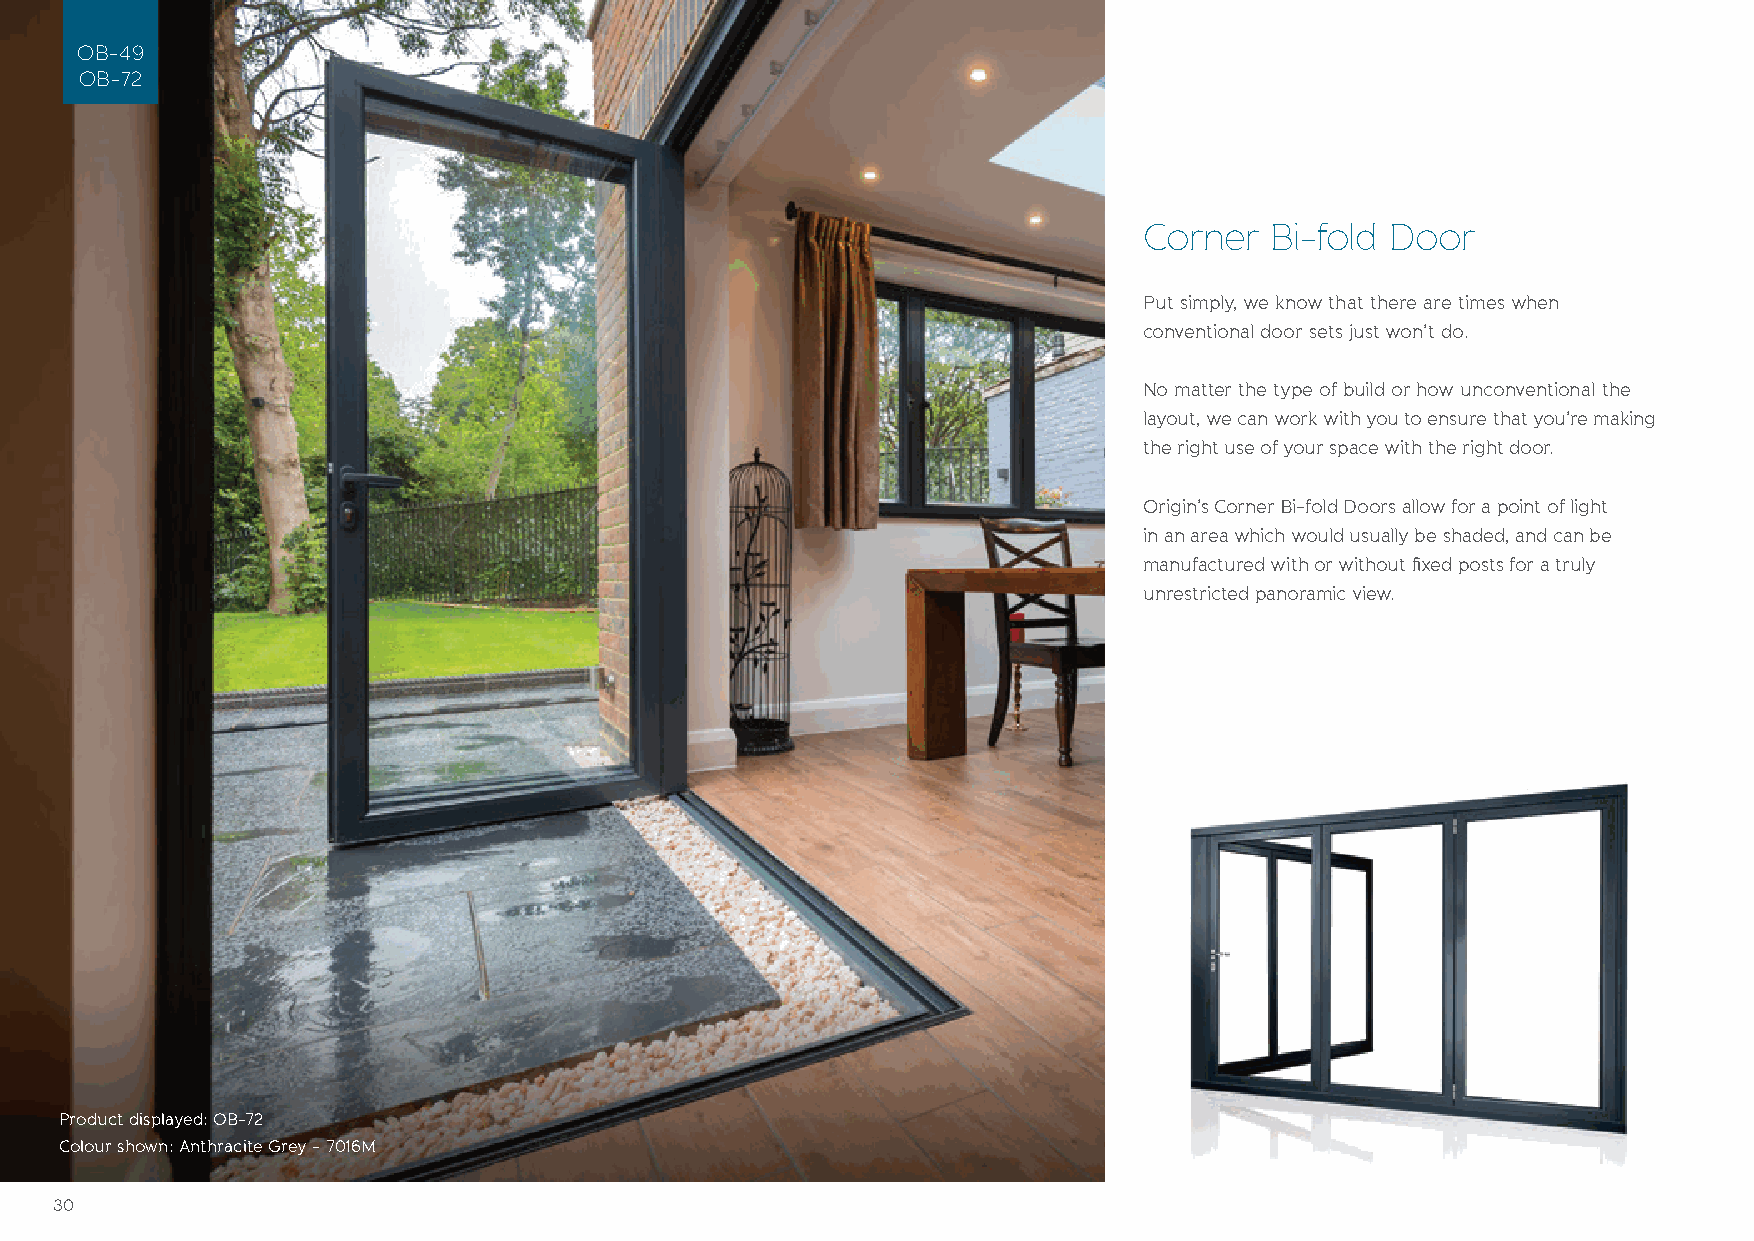
OB-49
 OB-72
 Corner  Bi-fold Door
 Put simply, we know that there are times when
 conventional door sets just won’t do.
 No matter the type of build or how unconventional the
 layout, we can work with you to ensure that you’re making
 the right use of your space with the right door.
 Origin’s Corner Bi-fold Doors allow for a point of light
 in an area which would usually be shaded, and can be
 manufactured with or without fixed posts for a truly
 unrestricted panoramic view.
 Product displayed: OB-72
 Colour shown: Anthracite Grey - 7016M
 30